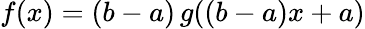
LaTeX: f(x)=(b-a)\, g((b-a)x+a)